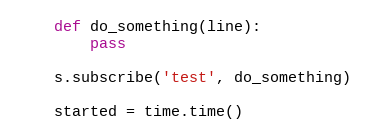
Language: Python
    def do_something(line):
        pass

    s.subscribe('test', do_something)

    started = time.time()